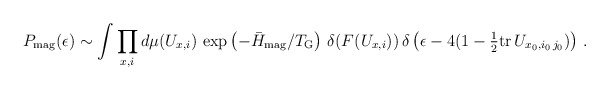
\begin{align*}P_{\rm mag}(\epsilon) \sim \int \prod\limits_{x,i} d\mu(U_{x,i}) \, \exp\left(- {\bar H_{\rm mag}/T_{\rm G}} \right) \, \delta(F(U_{x,i})) \, \delta\left( \epsilon - 4 (1 - {\textstyle {1\over 2}}{\rm tr} \, U_{x_0,i_0\,j_0}) \right) \,.\end{align*}